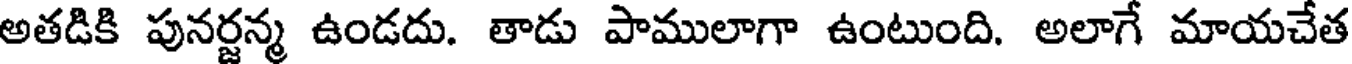
అతడికి పునర్జన్మ ఉండదు. తాడు పాములాగా ఉంటుంది. అలాగే మాయచేత